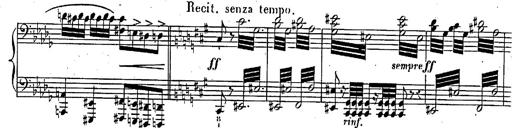
Title: Marche et Cavatine de Lucie de Lammermoor, S.398
Composer: Franz Liszt